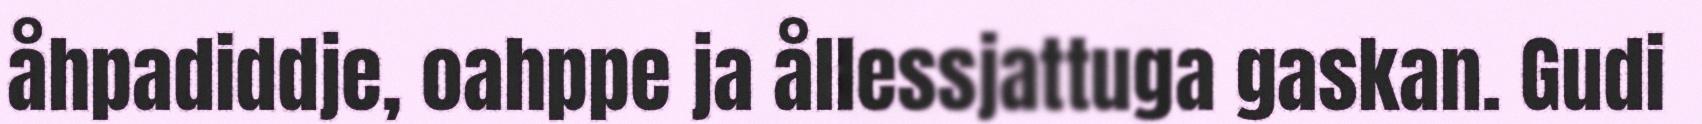
åhpadiddje, oahppe ja ållessjattuga gaskan. Gudi